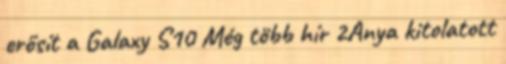
erősít a Galaxy S10 Még több hír 2Anya kitolatott